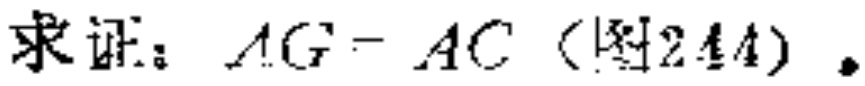
求证：\(AG = AC\)（图2.44）。